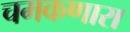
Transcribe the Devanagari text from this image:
चमकणारा